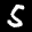
Label: 5